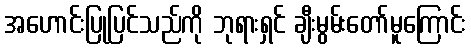
အဟောင်းပြုပြင်သည်ကို ဘုရားရှင် ချီးမွမ်းတော်မူကြောင်း